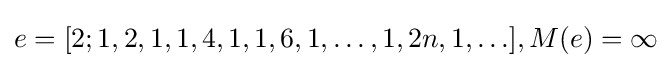
e=[2;1,2,1,1,4,1,1,6,1,\ldots ,1,2n,1,\ldots ],M(e)=\infty